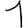
Digit: 1